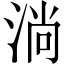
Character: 淌